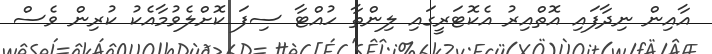
އާއިން ނިދާފައި އޮތްއިރު އެކޮޓަރީގައި ލިންތާ ހުއްޓާ ސިފަ ކޮށްލެވުމާއެކު ކުރިން ވެސް